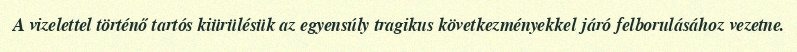
A vizelettel történő tartós kiürülésük az egyensúly tragikus következményekkel járó felborulásához vezetne.